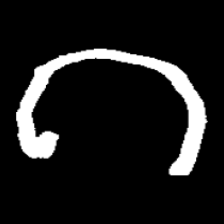
Pyu character \u2014 Myanmar letter: ဂ (romanized: ga)